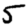
Digit: 5